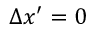
\Delta x ^ { \prime } = 0